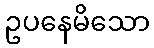
ဥပနေမိသော